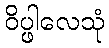
ဝိပ္ဖါလေသုံ